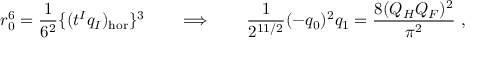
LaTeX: r _ { 0 } ^ { 6 } = { \frac { 1 } { 6 ^ { 2 } } } \{ ( t ^ { I } q _ { I } ) _ { \mathrm { h o r } } \} ^ { 3 } \qquad \Longrightarrow \qquad { \frac { 1 } { 2 ^ { 1 1 / 2 } } } ( - q _ { 0 } ) ^ { 2 } q _ { 1 } = { \frac { 8 ( Q _ { H } Q _ { F } ) ^ { 2 } } { \pi ^ { 2 } } } \ ,